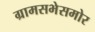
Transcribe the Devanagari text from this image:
ग्रामसभेसमोर